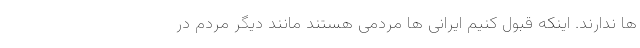
ها ندارند. اینکه قبول کنیم ایرانی ها مردمی هستند مانند دیگر مردم در